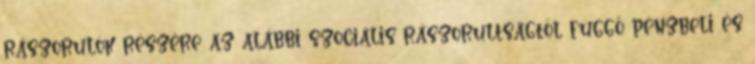
rászorulók részére az alábbi szociális rászorultságtól függő pénzbeli és